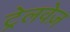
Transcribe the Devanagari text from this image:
ट्रेलवेज़